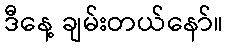
ဒီနေ့ ချမ်းတယ်နော်။